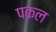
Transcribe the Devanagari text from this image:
पकल